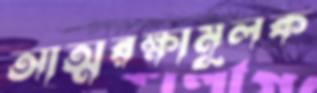
আত্মরক্ষামূলক